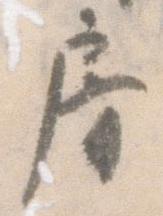
房